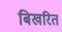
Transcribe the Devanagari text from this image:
बिखरित